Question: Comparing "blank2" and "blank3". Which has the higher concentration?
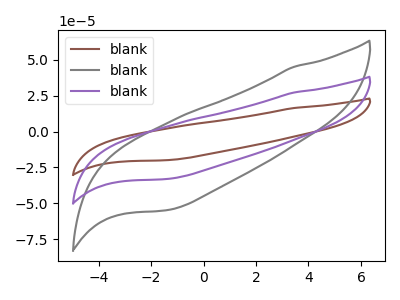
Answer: <think>The brown curve "blank1" has no peaks. The gray curve "blank2" has no peaks. The purple curve "blank3" has no peaks.
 Neither "blank2" or "blank3" have any peaks.</think>
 <answer>I cant tell if "blank2" or "blank3" has higher concentration.</answer>
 <eval>mixed_concentration</eval>